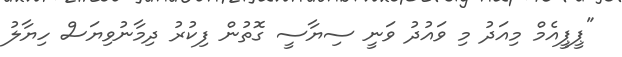
"ޕީޕީއެމް މިއަދު މި ވައުދު ވަނީ ސިޔާސީ ގޮތުން ފިކުރު ދިމާނުވިޔަސް ހިޔާލު